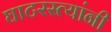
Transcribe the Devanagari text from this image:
घाटरस्त्यांनी